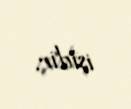
işidir.